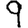
Digit: 9